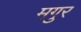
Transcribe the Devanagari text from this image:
मगुर